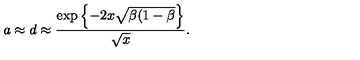
a \approx d \approx \frac { \exp \left\{ - 2 x \sqrt { \beta ( 1 - \beta } \right\} } { \sqrt { x } } .